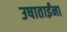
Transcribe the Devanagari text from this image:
उषाताईंना